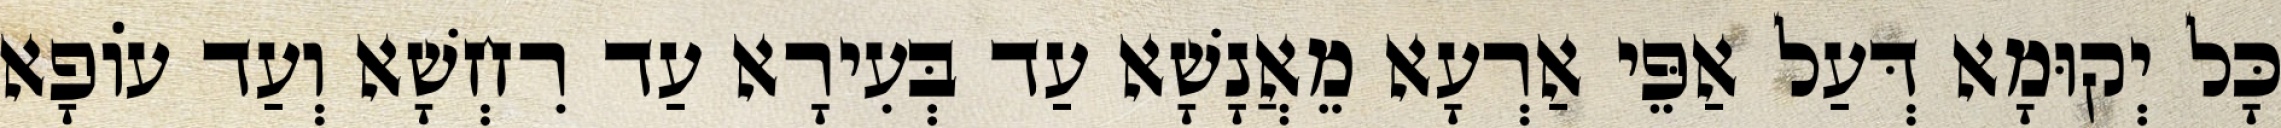
כָּל יְקוּמָא דְּעַל אַפֵּי אַרְעָא מֵאֲנָשָׁא עַד בְּעִירָא עַד רִחְשָׁא וְעַד עוֹפָא